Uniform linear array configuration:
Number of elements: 16
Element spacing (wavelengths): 0.5
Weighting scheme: uniform
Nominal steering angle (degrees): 60
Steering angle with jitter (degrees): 60.868
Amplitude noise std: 0.05
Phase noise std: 0.05

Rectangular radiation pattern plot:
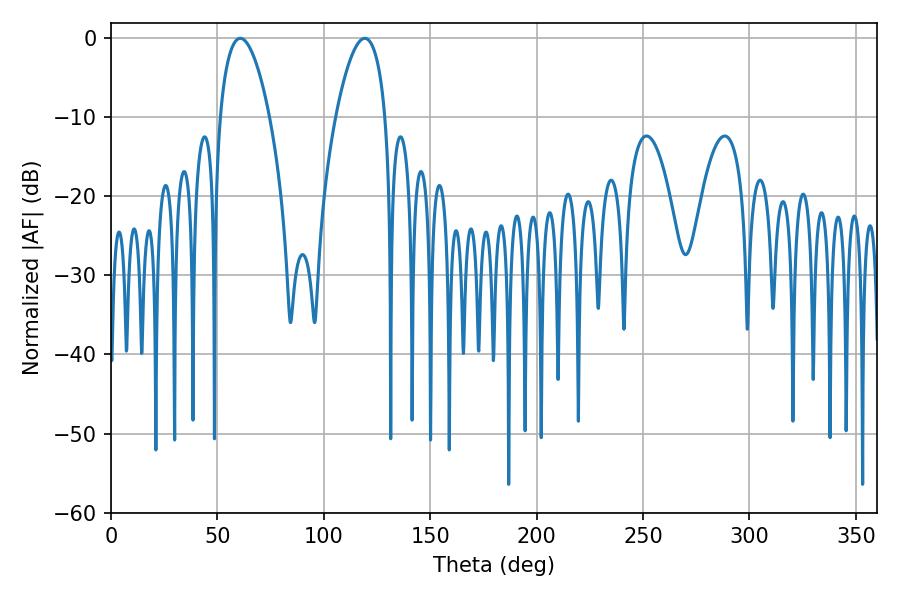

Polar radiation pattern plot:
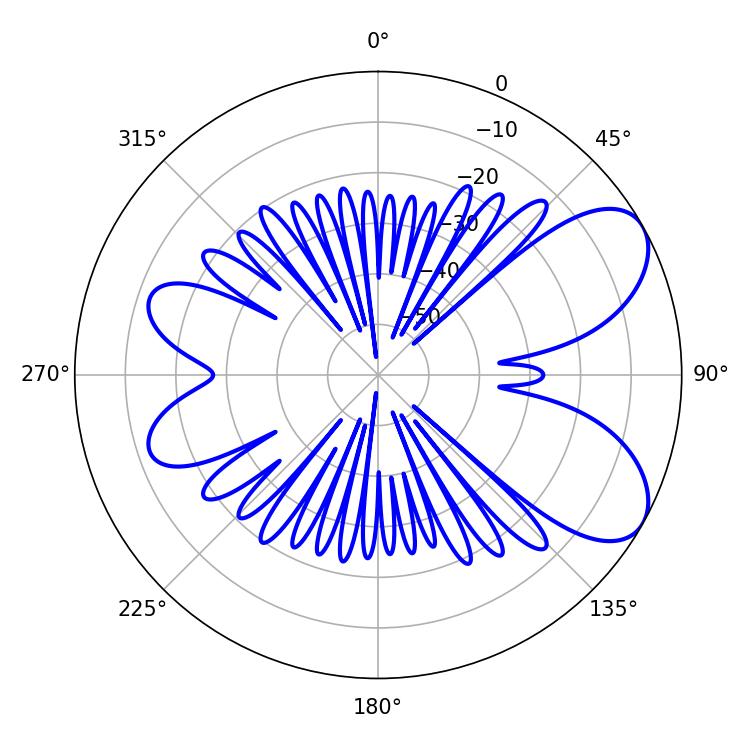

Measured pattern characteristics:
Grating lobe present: FALSE
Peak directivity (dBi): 6.973
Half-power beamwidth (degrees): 12.96
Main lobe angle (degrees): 60.66